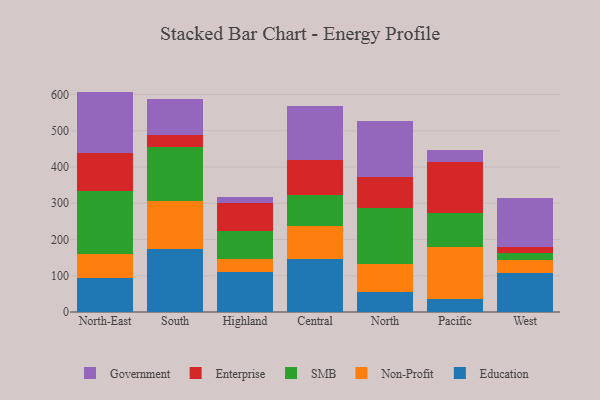
{"axis": {"x": "Region", "y": "Revenue (USD Million)"}, "legend": ["Education", "Enterprise", "Government", "Non-Profit", "SMB"], "data": [{"x": "North-East", "y": 94.3, "type": "Education"}, {"x": "North-East", "y": 64.9, "type": "Non-Profit"}, {"x": "North-East", "y": 175.4, "type": "SMB"}, {"x": "North-East", "y": 104.6, "type": "Enterprise"}, {"x": "North-East", "y": 168.7, "type": "Government"}, {"x": "South", "y": 173.8, "type": "Education"}, {"x": "South", "y": 133.4, "type": "Non-Profit"}, {"x": "South", "y": 147.1, "type": "SMB"}, {"x": "South", "y": 33.1, "type": "Enterprise"}, {"x": "South", "y": 98.9, "type": "Government"}, {"x": "Highland", "y": 110.1, "type": "Education"}, {"x": "Highland", "y": 37.4, "type": "Non-Profit"}, {"x": "Highland", "y": 75.5, "type": "SMB"}, {"x": "Highland", "y": 76.4, "type": "Enterprise"}, {"x": "Highland", "y": 19.0, "type": "Government"}, {"x": "Central", "y": 145.7, "type": "Education"}, {"x": "Central", "y": 91.0, "type": "Non-Profit"}, {"x": "Central", "y": 85.5, "type": "SMB"}, {"x": "Central", "y": 98.2, "type": "Enterprise"}, {"x": "Central", "y": 148.6, "type": "Government"}, {"x": "North", "y": 54.5, "type": "Education"}, {"x": "North", "y": 76.6, "type": "Non-Profit"}, {"x": "North", "y": 154.8, "type": "SMB"}, {"x": "North", "y": 86.8, "type": "Enterprise"}, {"x": "North", "y": 155.0, "type": "Government"}, {"x": "Pacific", "y": 34.8, "type": "Education"}, {"x": "Pacific", "y": 145.6, "type": "Non-Profit"}, {"x": "Pacific", "y": 92.3, "type": "SMB"}, {"x": "Pacific", "y": 142.4, "type": "Enterprise"}, {"x": "Pacific", "y": 31.2, "type": "Government"}, {"x": "West", "y": 106.3, "type": "Education"}, {"x": "West", "y": 37.1, "type": "Non-Profit"}, {"x": "West", "y": 20.5, "type": "SMB"}, {"x": "West", "y": 16.5, "type": "Enterprise"}, {"x": "West", "y": 134.0, "type": "Government"}]}